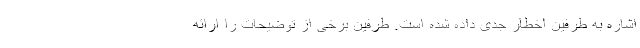
اشاره به طرفین اخطار جدی داده شده است. طرفین برخی از توضیحات را ارائه